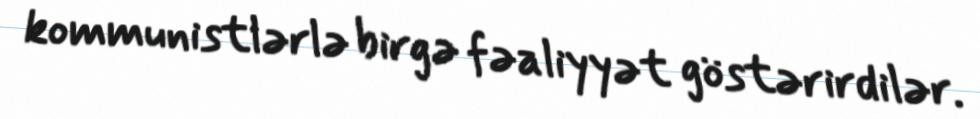
kommunistlərlə birgə fəaliyyət göstərirdilər.